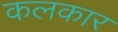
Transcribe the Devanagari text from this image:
कलकार